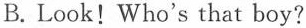
B. Look! Who's that boy?